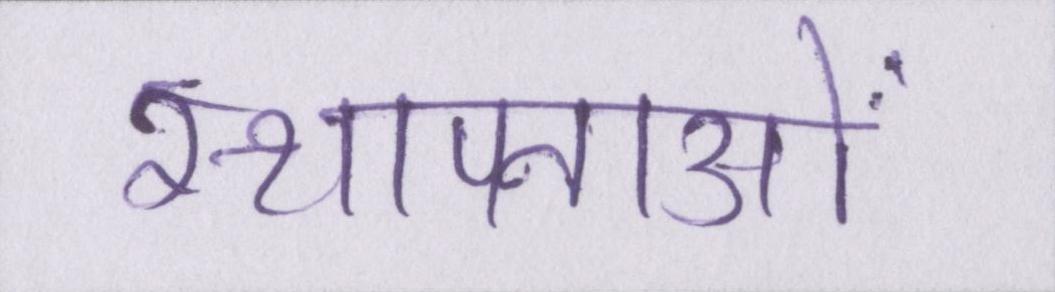
स्थापनाओं